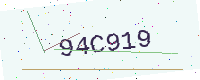
Text: 94C919